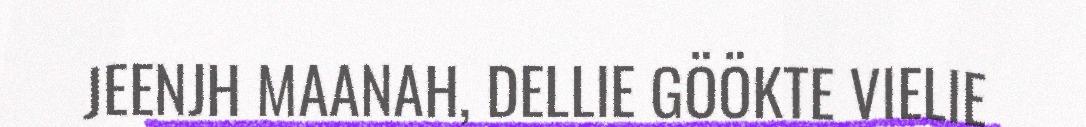
JEENJH MAANAH, DELLIE GÖÖKTE VIELIE